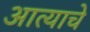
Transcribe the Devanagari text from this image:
आत्याचे